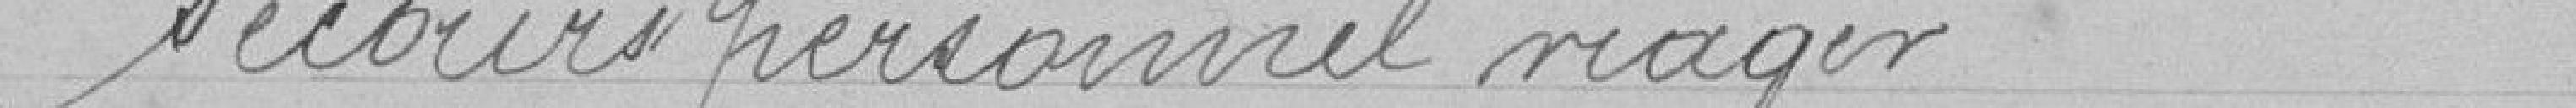
Secours personnel viager